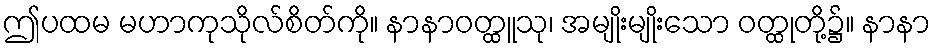
ဤပထမ မဟာကုသိုလ်စိတ်ကို။ နာနာဝတ္ထူသု၊ အမျိုးမျိုးသော ဝတ္ထုတို့၌။ နာနာ